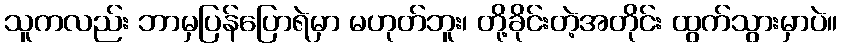
သူကလည်း ဘာမှပြန်ပြောရဲမှာ မဟုတ်ဘူး၊ တို့ခိုင်းတဲ့အတိုင်း ထွက်သွားမှာပဲ။